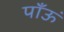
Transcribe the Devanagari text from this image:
पाँऊं